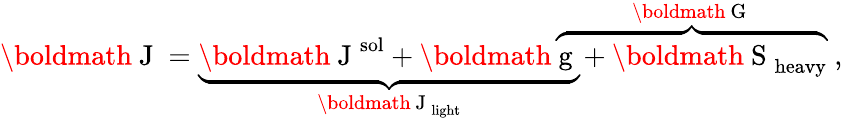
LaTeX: \mathrm{\boldmath~J~}=\underbrace{\mathrm{\boldmath~J~}^{\mathrm{sol}}+\mathrm{\boldmath~g~}}_{\mathrm{\boldmath~J~}_{\mathrm{light}}}\! \! \! \! \! \overbrace{\ \ \ +\mathrm{\boldmath~S~}_{\mathrm{heavy}}}^{\mathrm{\boldmath~G~}}\ ,